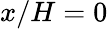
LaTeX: x/H=0